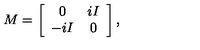
M = \left[ \begin{array} { c c } { 0 } & { i I } \\ { - i I } & { 0 } \\ \end{array} \right] ,